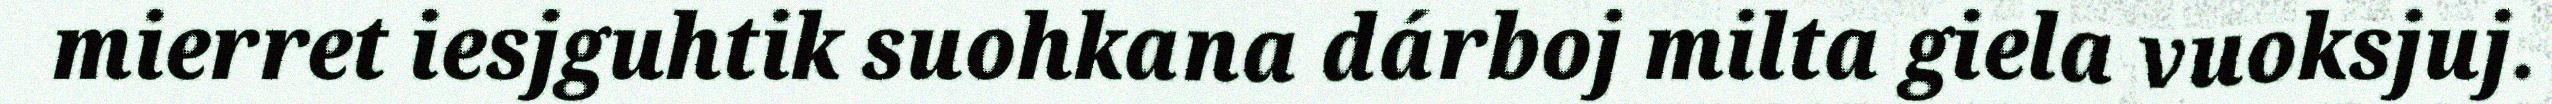
mierret iesjguhtik suohkana dárboj milta giela vuoksjuj.